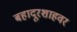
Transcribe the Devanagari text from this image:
बहादूरशाहवर